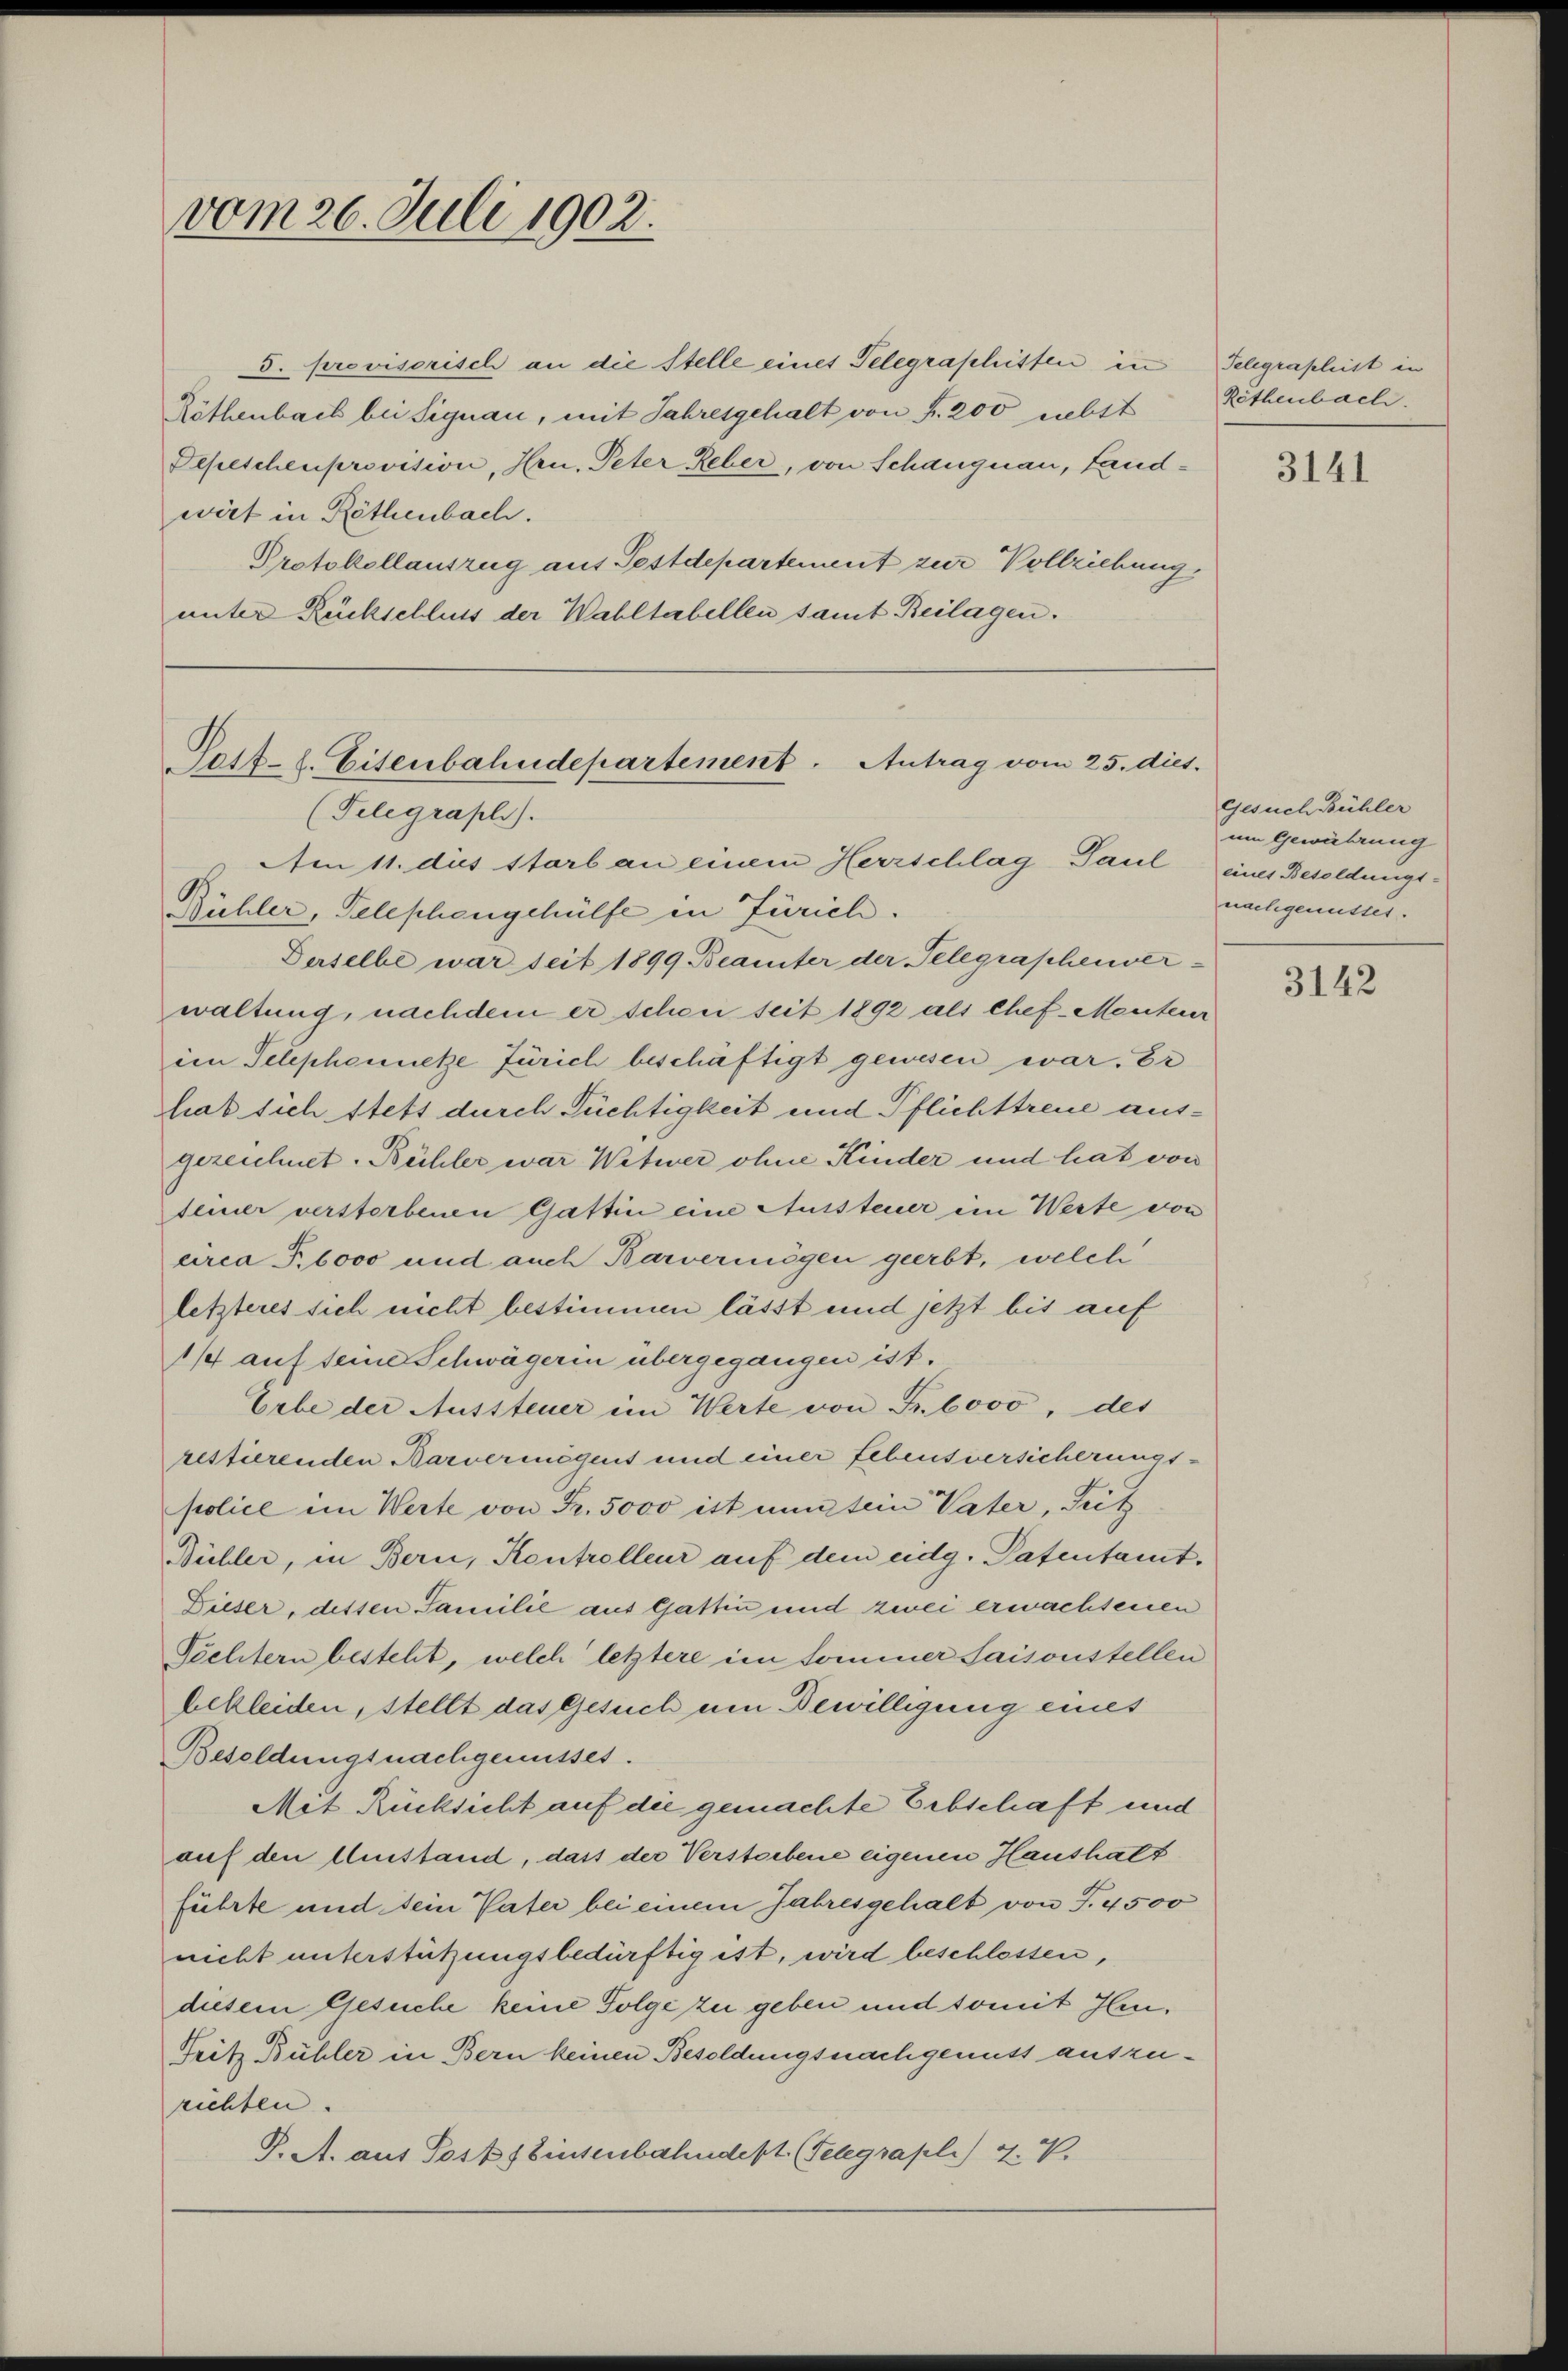
vom 26. Juli 1902.

5. provisorisch an die Stelle eines Telegrashisten in
Röthenbach bei Signau, mit Jahresgehalt von Fr. 200 nebst
Depeschenprovision, Hrn. Peter Leber, von Schangnau, Landwirt in Röthenbach.
Protokollauszug aus Testdepartement zur Vollziehung
unter Rückschluss der Wahltabellen samt Beilagen.

Patt. l. Eisenbahndepartement. Antrag vom 25. dies.
(Telegraphi).
Am 11. dies starb an einem Herrschlag Paul eines Besoldungs¬

Rühler, Telephengehülfe in Zürich.
Derselbe war seit 1899 Beamter der Telegraphenver-
waltung, nachdem er schon seit 1892 als Chef Monterer
im Telephennetze Zürich beschäftigt gewesen war. Er
hab sich stets durch Tüchtigkeit und Pflichttreue ausgezeichnet. Bühler war Witwer ohne Kinder und hat von
teiner verstorbenen Gattin eine Aussteuer ein Werte von
circa P.6000 und auch Barvermögen geerbt, welch
letzteres sich nicht bestimmen lässt und jetzt bis auf
11 auf seine Schwägerin übergegangen ist.
Erbe der Aussteuer im Werte von Fr. bovo, des
restierenden Barvermögens und einer Lebensversicherungs-
police im Werte von Fr. 5000 ist nun tein Vater, Fitz
Büller, in Bern, Kontrolleur auf dem eidg. Patentamt¬
Dieser, dessen Familie aus Gattin und zwei erwachsenen
Töchtern besteht, welch letztere im Sommer Saisonstellen
bekleiden, stellt das Gesuch um Bewilligung eines
Besoldungsnachgenusses.
Mit Rücksicht auf die gemachte Erbschaft und
auf den Umstand, dass der Verstorbene eigenen Haushalt
führte und sein Pater bei einem Jahresgehalt von T. 4500
nicht unterstützungsbedürftig ist, wird beschlossen,
diesem Gesuche keine Folge zu geben und somit Ilen¬
Teitz Bühler in Bern keinen Besoldungsnachgenuss auszurichten.
J. A. aus Posts Einsenbahndept. (Telegrapli) Z. V.

Telegraphist in
Röthenbach.

3141

gesuch Bühler
um Gewährung
nachgenusset.

3142